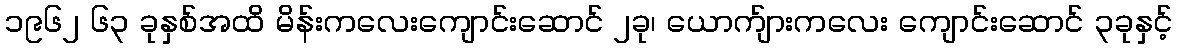
၁၉၆၂ ၆၃ ခုနှစ်အထိ မိန်းကလေးကျောင်းဆောင် ၂ခု၊ ယောက်ျားကလေး ကျောင်းဆောင် ၃ခုနှင့်